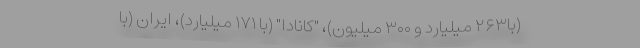
(با۲۶۳ میلیارد و ۳۰۰ میلیون)، "کانادا" (با ۱۷۱ میلیارد)، ایران (با